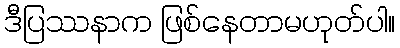
ဒီပြဿနာက ဖြစ်နေတာမဟုတ်ပါ။